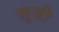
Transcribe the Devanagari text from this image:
फ़ुजी